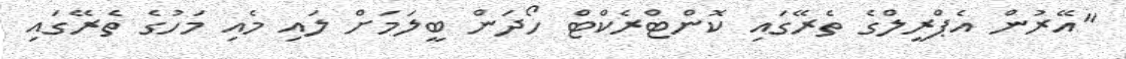
"އޭރުން އެޕްރީލްގެ ތެރޭގައި ކޮންޓްރެކްޓް ހޯދަން ބީލަމަށް ލައި މެއި މަހުގެ ތެރޭގައި